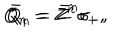
Q _ { n } = Z ^ { n } \sigma _ { + } , \hspace { 2 c m } \bar { Q } _ { n } = \bar { Z } ^ { n } \sigma _ { - } ,